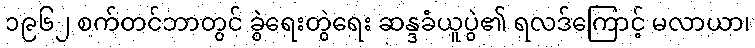
၁၉၆၂ စက်တင်ဘာတွင် ခွဲရေးတွဲရေး ဆန္ဒခံယူပွဲ၏ ရလဒ်ကြောင့် မလာယာ၊